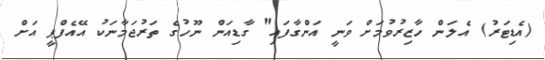
(އެޑިޓަރު) އެލަން ހާޒިރުވުމަށް ވަނީ އަންގާފައި" ގާޑިއަން ނޫހުގެ ތަރުޖަމާނަކު އޭއެފްޕީ އަށް